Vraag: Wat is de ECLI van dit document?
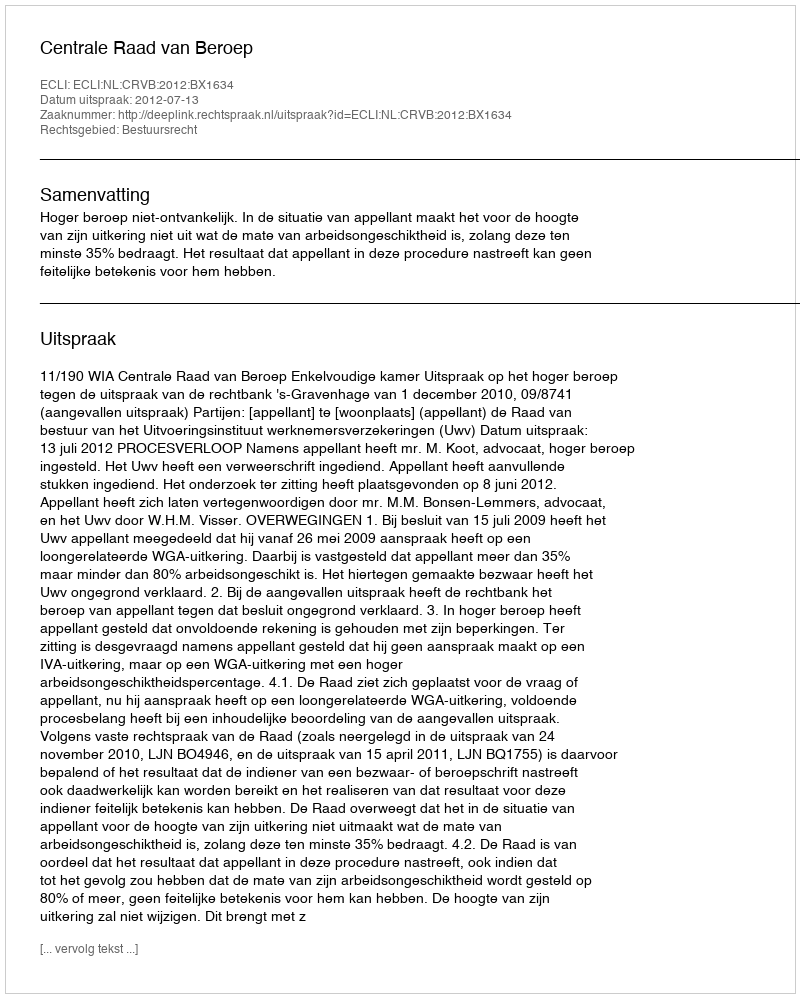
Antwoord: ECLI:NL:CRVB:2012:BX1634